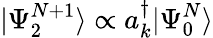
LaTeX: |\Psi_{2}^{N+1}\rangle\propto a_{k}^{\dagger}|\Psi_{0}^{N}\rangle